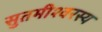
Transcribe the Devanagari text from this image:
सुतमीश्वरस्य